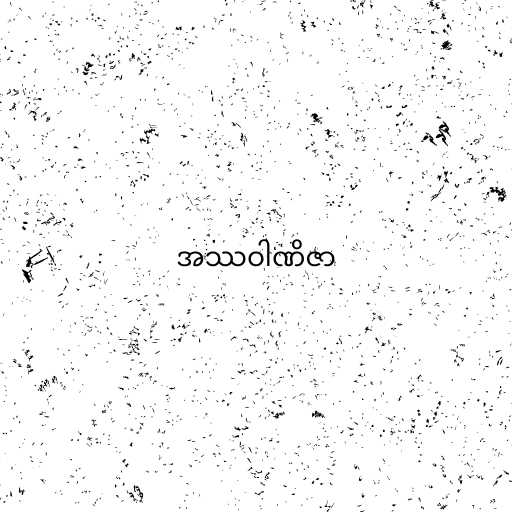
အဿဝါဏိဇာ